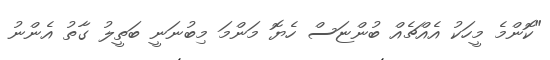
"ކޮންމެ މީހަކު އެއްޗެއް ބުންޏަސް ހެޔޮ މަންމަ މިބުނަނީ ބަތީލު ގާތު އެންނު